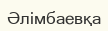
Әлімбаевқа